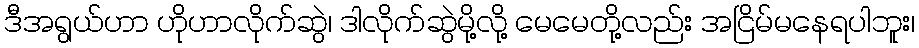
ဒီအရွယ်ဟာ ဟိုဟာလိုက်ဆွဲ၊ ဒါလိုက်ဆွဲမို့လို့ မေမေတို့လည်း အငြိမ်မနေရပါဘူး၊